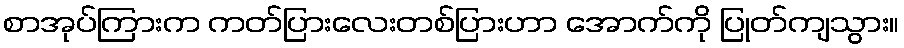
စာအုပ်ကြားက ကတ်ပြားလေးတစ်ပြားဟာ အောက်ကို ပြုတ်ကျသွား။